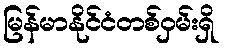
မြန်မာနိုင်ငံတစ်ဝှမ်းရှိ